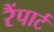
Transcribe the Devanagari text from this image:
रैंपार्ट